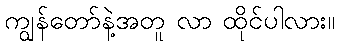
ကျွန်တော်နဲ့အတူ လာ ထိုင်ပါလား။